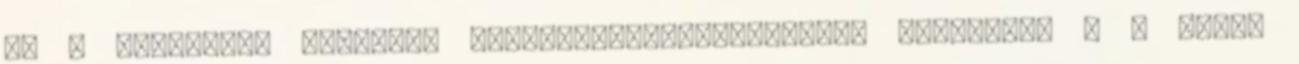
be a hidrogén, mégpedig szívótorok-injektorokon keresztül – a blokk